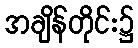
အချိန်တိုင်း၌